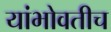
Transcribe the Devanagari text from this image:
यांभोवतीच